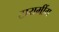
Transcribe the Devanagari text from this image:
टायमींग